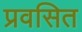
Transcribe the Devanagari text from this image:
प्रवसित